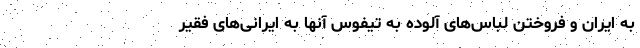
به ایران و فروختن لباس‌‌های آلوده به تیفوس آنها به ایرانی‌های فقیر